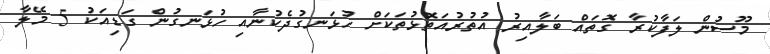
މޫސުން ލަފާކުރާ ގޮތައް ބަލާއިރު އުތުރުއަތޮޅުތަކަށް ހުޅަނގުދެކުނާއި ހުޅަނގުންް ގަޑިއަކު 5 މޭލާ